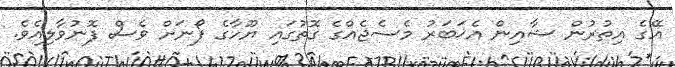
އޭގެ އިތުރުން ޝާއިން އެޚަބަރު މެސެޖެއްގެ ގޮތުގައި ޔޫހާގެ ފޯނަށް ވެސް ފޮނުވާލިއެވެ.